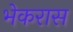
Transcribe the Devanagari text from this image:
भेकरास